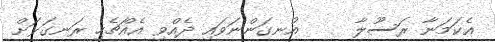
އެކަމަނާ ރަސޫލާ     އުނގަންނަވައި ދެއްވި އެއްޗެހި ރަނގަޅަށް